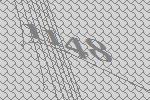
1148